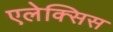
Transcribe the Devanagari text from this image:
एलेक्‍सिस